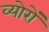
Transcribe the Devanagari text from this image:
व्योरों